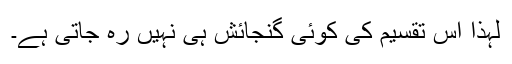
لہذا اس تقسیم کی کوئی گنجائش ہی نہیں رہ جاتی ہے۔